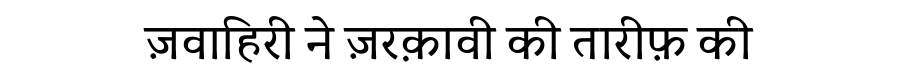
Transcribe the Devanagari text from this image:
ज़वाहिरी ने ज़रक़ावी की तारीफ़ की